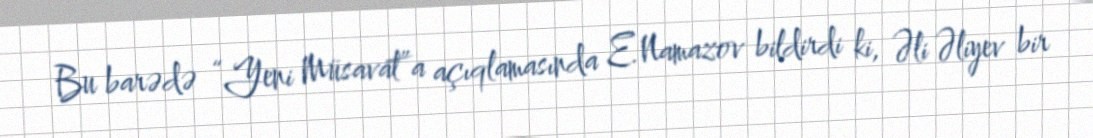
Bu barədə “Yeni Müsavat”a açıqlamasında E.Namazov bildirdi ki, Əli Əliyev bir